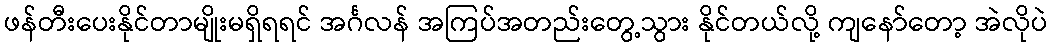
ဖန်တီးပေးနိုင်တာမျိုးမရှိရရင် အင်္ဂလန် အကြပ်အတည်းတွေ့သွား နိုင်တယ်လို့ ကျနော်တော့ အဲလိုပဲ